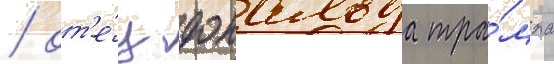
/ от'е́ц дональда тра́мпа